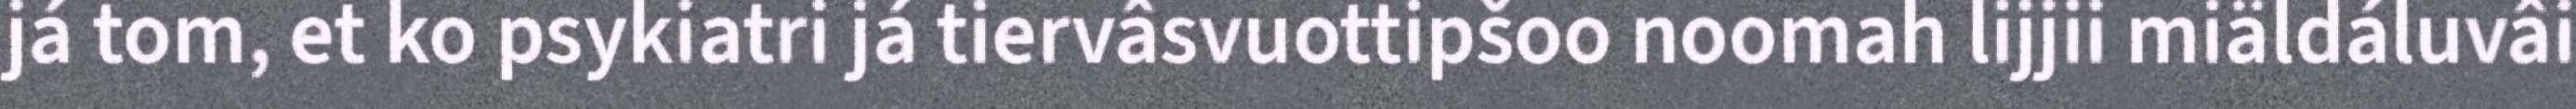
já tom, et ko psykiatri já tiervâsvuottipšoo noomah lijjii miäldáluvâi